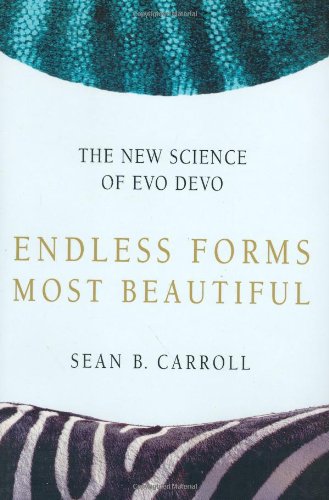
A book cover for Endless Forms Most Beautiful: The New Science of Evo Devo; Sean B. Carroll; Health, Fitness & Dieting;